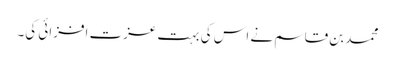
محمد بن قاسم نے اس کی بہت عزت افزائی کی۔